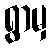
ရွာမှ